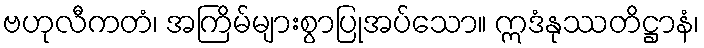
ဗဟုလီကတံ၊ အကြိမ်များစွာပြုအပ်သော။ ဣဒံနုဿတိဋ္ဌာနံ၊